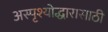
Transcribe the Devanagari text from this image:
अस्पृश्योद्धारासाठी